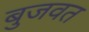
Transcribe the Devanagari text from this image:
बुजवत